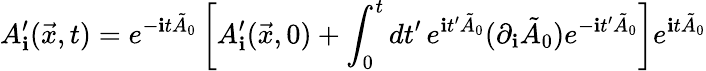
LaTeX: A_{\mathbf{i}}^{\prime}(\vec{{x}},t)=e^{-\mathbf{i}t\tilde{{A}}_{0}}\left[A_{\mathbf{i}}^{\prime}(\vec{{x}},0)+\int_{0}^{t}dt^{\prime}\, e^{\mathbf{i}t^{\prime}\tilde{{A}}_{0}}(\partial_{\mathbf{i}}\tilde{{A}}_{0})e^{-\mathbf{i}t^{\prime}\tilde{{A}}_{0}}\right]e^{\mathbf{i}t\tilde{{A}}_{0}}